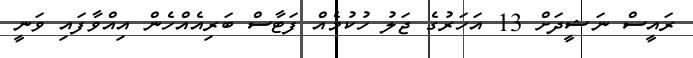
ރައީސް ނަޝީދަށް 13 އަހަރުގެ ޖަލު ހުކުމެއް ފަޓާސް ބަރިއެއްހެން އިއްވާފައި ވަނީ